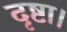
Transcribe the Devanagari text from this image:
दृष्टा।